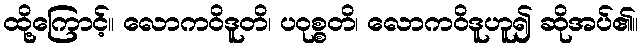
ထို့ကြောင့်။ လောကဝိဒူတိ၊ ပဝုစ္စတိ၊ လောကဝိဒူဟူ၍ ဆိုအပ်၏။